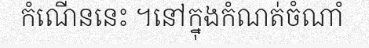
កំណើននេះ ។នៅក្នុងកំណត់ចំណាំ